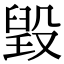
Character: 𣪷